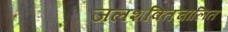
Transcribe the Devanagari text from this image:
जलशक्तिचालित